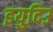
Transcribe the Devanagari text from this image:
इयुदिउ